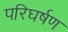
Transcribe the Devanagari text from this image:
परिघर्षण